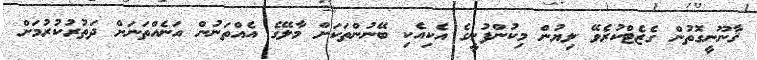
ޤާނޫނީގޮތުން ގެޒެޓްކުރެވޭ ލިޔުން މިކުންފުނީގެ އެކިއެކި ބޭނުންތަކަށް މާލޭގެ އެއްތަނުން އަނެއްތަނަށް ދަތުރުކުރުމަށް